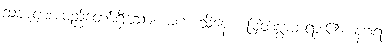
သုဇာတအမည်တော်ရှိသော။ မဟေသိနော၊ မြတ်စွာဘုရား၏။ နဂရံ၊